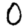
Digit: 0